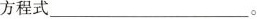
方程式___。